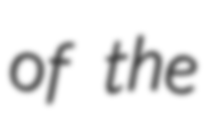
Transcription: of the